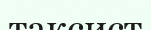
таксист